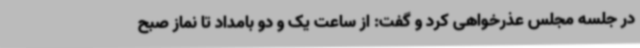
در جلسه مجلس عذرخواهی کرد و گفت: از ساعت یک و دو بامداد تا نماز صبح